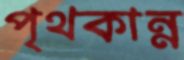
পৃথকান্ন